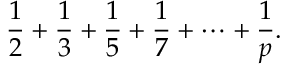
{ \frac { 1 } { 2 } } + { \frac { 1 } { 3 } } + { \frac { 1 } { 5 } } + { \frac { 1 } { 7 } } + \cdots + { \frac { 1 } { p } } .